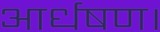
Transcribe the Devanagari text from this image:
आर्धषण।